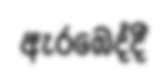
ඇරඹෙද්දී